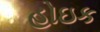
હોઇક